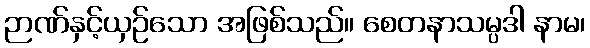
ဉာဏ်နှင့်ယှဉ်သော အဖြစ်သည်။ စေတနာသမ္ပဒါ နာမ၊